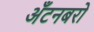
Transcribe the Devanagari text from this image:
अँटनबरो